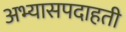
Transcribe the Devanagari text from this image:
अभ्यासपदाहती